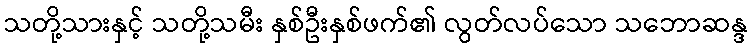
သတို့သားနှင့် သတို့သမီး နှစ်ဦးနှစ်ဖက်၏ လွတ်လပ်သော သဘောဆန္ဒ